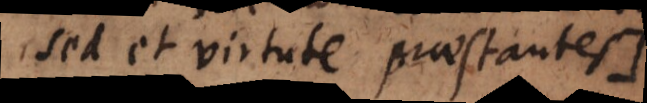
sed et virtute praestantes